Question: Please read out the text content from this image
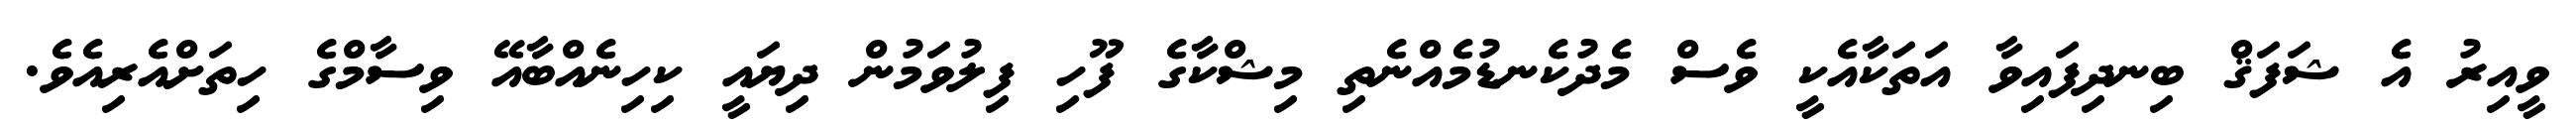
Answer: ވީއިރު އެ ޝަފަޤް ބިނދިފައިވާ އަތަކާއެކީ ވެސް މެދުކެނޑުމެއްނެތި މިޝްކާގެ ފޫހި ފިލުވަމުން ދިޔައީ ކިހިނެއްބާއޭ ވިސާމްގެ ހިތަށްއެރިއެވެ.